Civil Veterinary Department. United Provinces 1932-42 - 1932-1942
Year: 1932
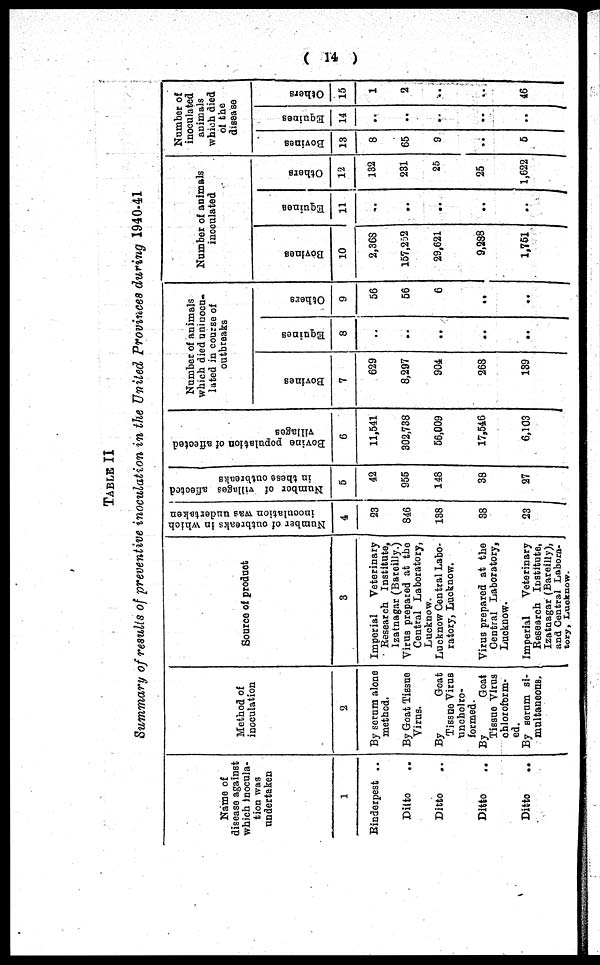
( 14 )
TABLE II
Summary of results of preventive inoculation in the United Provinces during 1940-41
Name of
disease against
which inocula-
tion was
undertaken
1
Rinderpest ..
Ditto ..
Ditto ..
Ditto ..
Ditto ..
Method of
inoculation
2
By serum alone
methed.
By Goat Tiesue
Virus.
By
Goat
Tissue Virus
uncholro-
formed.
By
Goat
Tissue Virus
chloroform-
ed.
By serum si-
multaneous.
Source of product
3
Imperial
Veterinary
Research Institute,
Izatnagar (Bareilly.)
Virus prepared at the
Central Laboratory,
Lucknow.
Lucknow Central Labo-
ratory, Lucknow.
Virus prepared at the
Central Laboratory,
Lucknow.
Imperial
Veterinary
Research Institute,
Izatnagar (Bareilly),
and Central Labora-
tory, Lucknow.
Number of outbreaks in which
inoculation
was undertaken
4
23
846
138
38
23
Number of villages affected
in these outbreaks
5
42
956
148
38
27
Bovine population of affected
villages
6
11,541
302,738
56,009
17,546
6,103
Number of animals
which died uninocu-
lated in course of
outbreaks
Bovines
7
629
8,297
904
268
139
Eqaines
8
..
..
..
..
Others
9
56
56
6
..
..
Number of animals
inoculated
Bovines
10
2,368
157,252
29,621
9,288
1,751
Equines
11
..
..
..
..
Others
12
132
231
25
25
1,622
Number of
inoculated
animals
which died
of the
disease
Bovines
13
8
65
9
..
5
Equines
14
..
..
..
..
Others
15
1
2
..
..
46